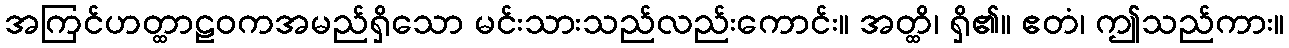
အကြင်ဟတ္ထာဠဝကအမည်ရှိသော မင်းသားသည်လည်းကောင်း။ အတ္ထိ၊ ရှိ၏။ ဧတံ၊ ဤသည်ကား။